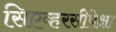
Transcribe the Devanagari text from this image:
सिएव्हरसीपेक्षा